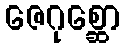
ဇေဂုစ္ဆော